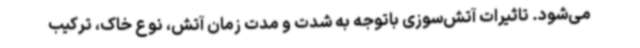
می‌شود. تاثیرات آتش‌سوزی باتوجه به شدت و مدت زمان آتش، نوع خاک، ترکیب